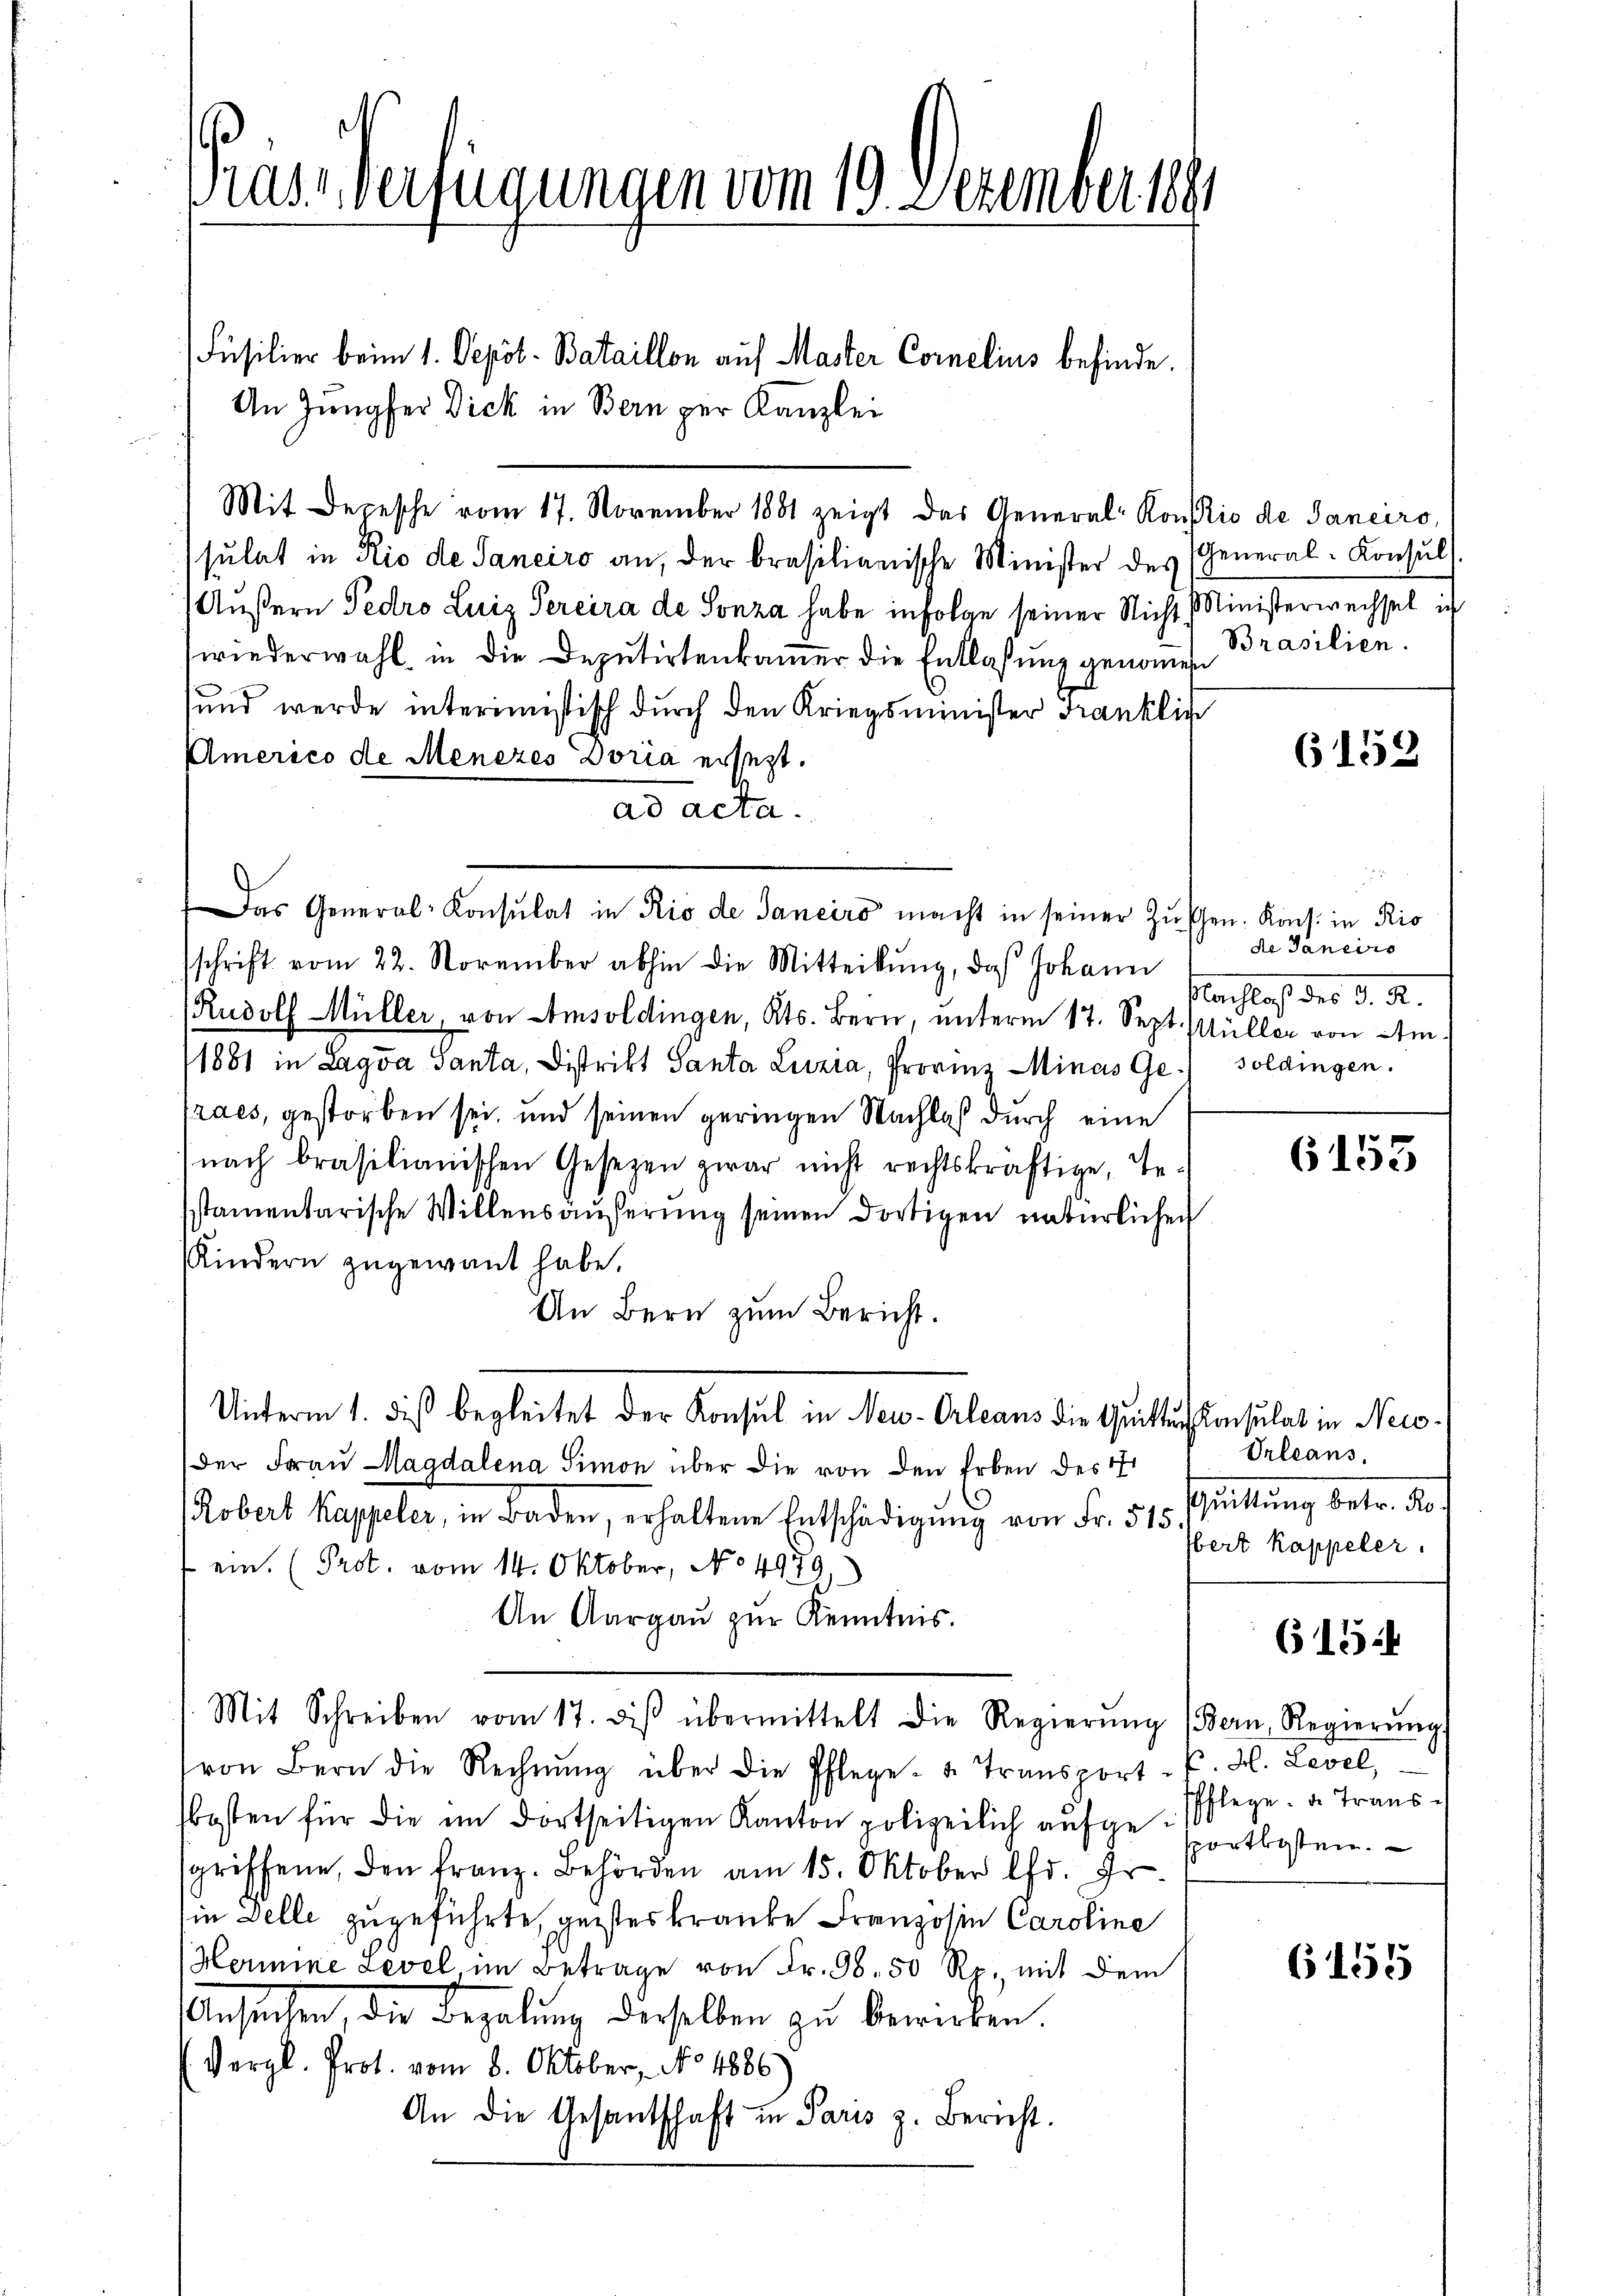
Präs. Verfügungen vom 19. Dezember 1881

Füsilier beim 1. Depot - Bataillon auf Master Cornelius befinde.
An Jungfer Dick in Bern per Kanzlei
Mit Depesche vom 17. November 1881 zeigt das General-Konsis de Janeiro,
sulat in Rio de Sanciro an, der brasilianische Minister des
Äußern Pedro Luiz Percira de Sonza habe infolge seiner Nicht Ministerwechsel ich
wiederwahl in die Deputirtenkammer die Entlassung genomen
und werde interimistisch durch den Kriegsminister Franklic
Americo de Menezes Doria ersezt.
ad acta.
Das General-Konsulat in Rio de Janeiro macht in seiner Zuschen. Kons. in Ris
schrift vom 22. November abhin die Mitteilŭng, daß Johann
Rudolf Müller, von Amsoldingen, Kts. Bern, unterm 17. Sept. Müller von Am¬
1881 in Lagva Santa, Distrikt Santa Luzia, Provinz Minas Ge
Praes, gestorben sei, und seinen geringen Wachlaß durch eine
nach brasilianischen Gesezen zwar nicht rechtskräftige, Testamentarische Willensäuserung seinen dortigen natürlichen
Kindern zugewant habe.
An Bern zum Bericht.
Unterm 1. diß begleitet der Konsul in Neu-Orleans die Quittuch Konsulat in Neis¬
Der Frau Magdalena Simon über die von den Erben des 1
Robert Kappeler, in Baden, erhaltene Entschädigŭng von Fr. 515.
ein. (Prot. vom 14. Oktober, No 4979
An Aargau zur Kenntnis.
Mit Schreiben vom 17. diβ übermittelt die Regierŭng (Bern, Regierŭng
von Bern die Rechnŭng über die Pflege- u. Transport- P. M. Level,
kosten für die im dortseitigen Kanton polizeilich aufgesgriffene, den franz. Behörden am 15. Oktober lfd. Fr
in Zelle zugeführte, gestes kranke Franzosen Caroline
Hermine Level, im Betrage von Fr. 98. 50 Rp. mit dem
Ansuchen, die Begabung derselben zŭ bewirken.
Vergl. Prot. vom 8. Oktober, No 4886
An die Gesantschaft in Paris z. Bericht.

General-Konsul).
Brasilien.

6152

de Janeiro
achlach der d. 2.
soldingen.

6153

Orleans.
Muittung betr. der
bert kappeler.
PPflege de Transsportkosten.

6154

6155